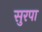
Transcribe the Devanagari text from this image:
सुरपा